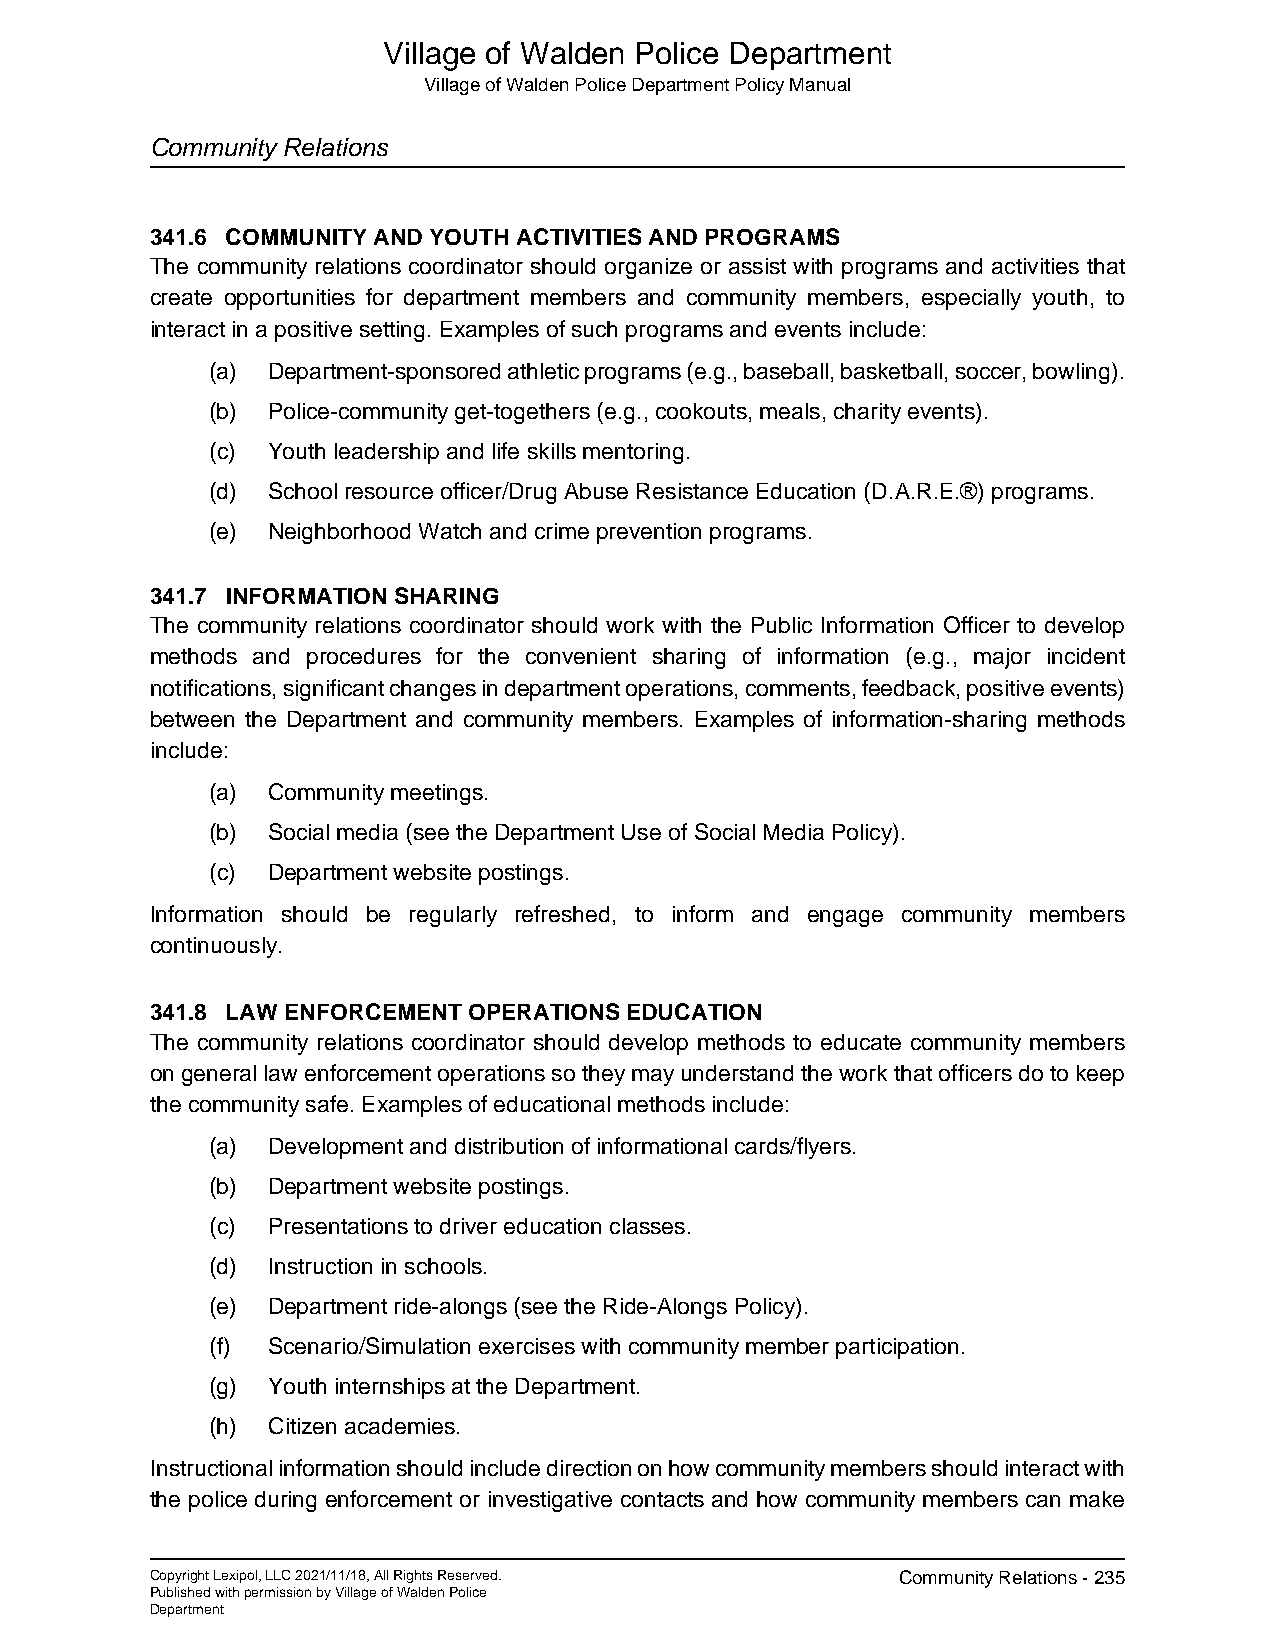
Village of Walden Police Department
 Village of Walden Police Department Policy Manual
 Community Relations
 341.6 COMMUNITY AND YOUTH ACTIVITIES AND PROGRAMS
 The community relations coordinator should organize or assist with programs and activities that
 create opportunities for department members and community members, especially youth, to
 interact in a positive setting. Examples of such programs and events include:
 (a) Department-sponsored athletic programs (e.g., baseball, basketball, soccer, bowling).
 (b) Police-community get-togethers (e.g., cookouts, meals, charity events).
 (c) Youth leadership and life skills mentoring.
 (d) School resource officer/Drug Abuse Resistance Education (D.A.R.E.®) programs.
 (e) Neighborhood Watch and crime prevention programs.
 341.7 INFORMATION SHARING
 The community relations coordinator should work with the Public Information Officer to develop
 methods and procedures for the convenient sharing of information (e.g., major incident
 notifications, significant changes in department operations, comments, feedback, positive events)
 between the Department and community members. Examples of information-sharing methods
 include:
 (a) Community meetings.
 (b) Social media (see the Department Use of Social Media Policy).
 (c) Department website postings.
 Information should be regularly refreshed, to inform and engage community members
 continuously.
 341.8 LAW ENFORCEMENT OPERATIONS EDUCATION
 The community relations coordinator should develop methods to educate community members
 on general law enforcement operations so they may understand the work that officers do to keep
 the community safe. Examples of educational methods include:
 (a) Development and distribution of informational cards/flyers.
 (b) Department website postings.
 (c) Presentations to driver education classes.
 (d) Instruction in schools.
 (e) Department ride-alongs (see the Ride-Alongs Policy).
 (f) Scenario/Simulation exercises with community member participation.
 (g) Youth internships at the Department.
 (h) Citizen academies.
 Instructional information should include direction on how community members should interact with
 the police during enforcement or investigative contacts and how community members can make
 Copyright Lexipol, LLC 2021/11/18, All Rights Reserved. Community Relations - 235
 Published with permission by Village of Walden Police
 Department